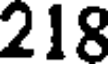
218